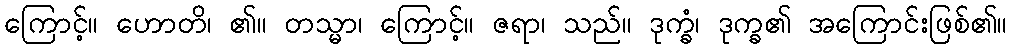
ကြောင့်။ ဟောတိ၊ ၏။ တသ္မာ၊ ကြောင့်။ ဇရာ၊ သည်။ ဒုက္ခံ၊ ဒုက္ခ၏ အကြောင်းဖြစ်၏။